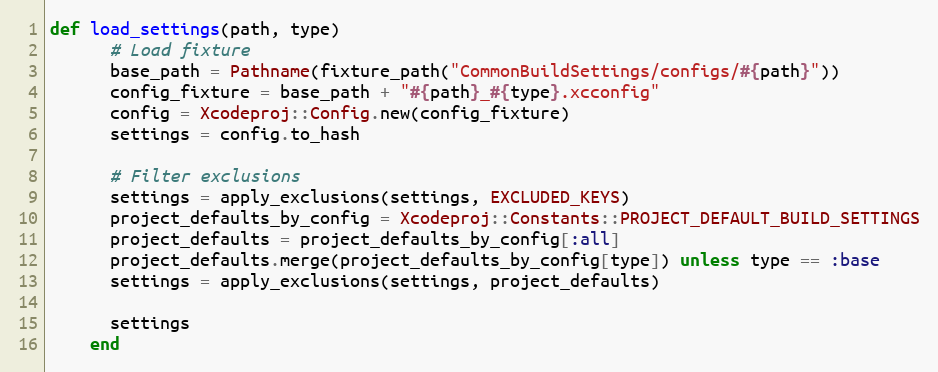
Language: Ruby
def load_settings(path, type)
      # Load fixture
      base_path = Pathname(fixture_path("CommonBuildSettings/configs/#{path}"))
      config_fixture = base_path + "#{path}_#{type}.xcconfig"
      config = Xcodeproj::Config.new(config_fixture)
      settings = config.to_hash

      # Filter exclusions
      settings = apply_exclusions(settings, EXCLUDED_KEYS)
      project_defaults_by_config = Xcodeproj::Constants::PROJECT_DEFAULT_BUILD_SETTINGS
      project_defaults = project_defaults_by_config[:all]
      project_defaults.merge(project_defaults_by_config[type]) unless type == :base
      settings = apply_exclusions(settings, project_defaults)

      settings
    end